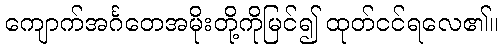
ကျောက်အင်္ဂတေအမိုးတို့ကိုမြင်၍ ထုတ်ငင်ရလေ၏။